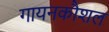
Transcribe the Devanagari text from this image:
गायनकौशल